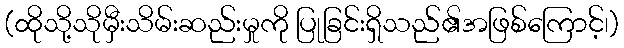
(ထိုသို့သိုမှီးသိမ်းဆည်းမှုကို ပြုခြင်းရှိသည်၏အဖြစ်ကြောင့်၊)